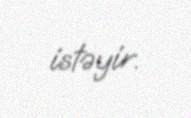
istəyir.